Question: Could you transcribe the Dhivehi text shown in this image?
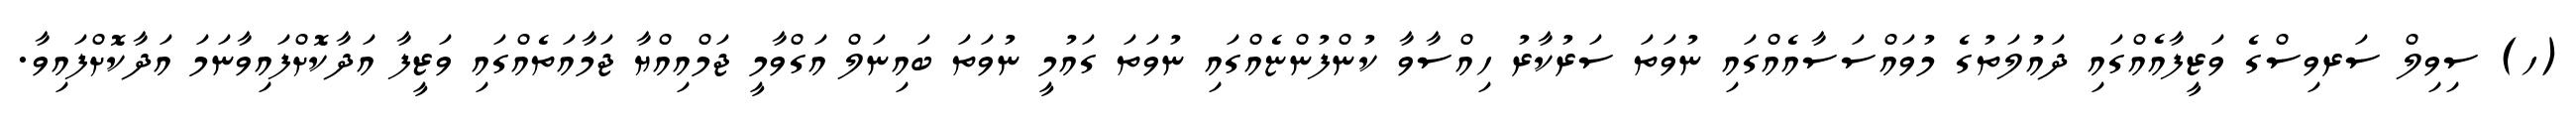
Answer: (ހ) ސިވިލް ސަރވިސްގެ ވަޒީފާއެއްގައި ދައުލަތުގެ މުވައްސަސާއެއްގައި ނުވަތަ ސަރުކާރު ހިއްސާވާ ކުންފުންޏެއްގައި ނުވަތަ ގައުމީ ނުވަތަ ބައިނަލް އަގްވާމީ ޖަމްއިއްޔާ ޖަމާއަތެއްގައި ވަޒީފާ އަދާކޮށްފައިވާނަމަ އަދާކޮށްފައިވާ.